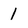
Character: 1